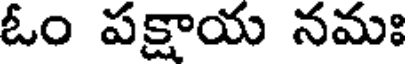
ఓం పక్షాయ నమః